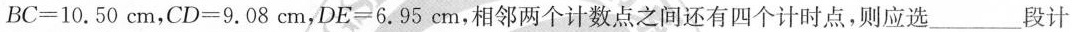
$$B C = 1 0 . 5 0 c m$$，$$C D = 9 . 0 8 c m$$，$$D E = 6 . 9 5 c m$$，相邻两个计数点之间还有四个计时点，则应选___段计